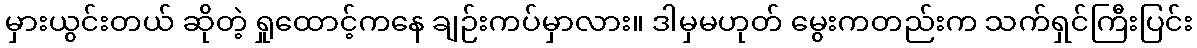
မှားယွင်းတယ် ဆိုတဲ့ ရှုထောင့်ကနေ ချဉ်းကပ်မှာလား။ ဒါမှမဟုတ် မွေးကတည်းက သက်ရှင်ကြီးပြင်း